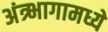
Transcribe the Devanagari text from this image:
अंत्र्भागामध्ये